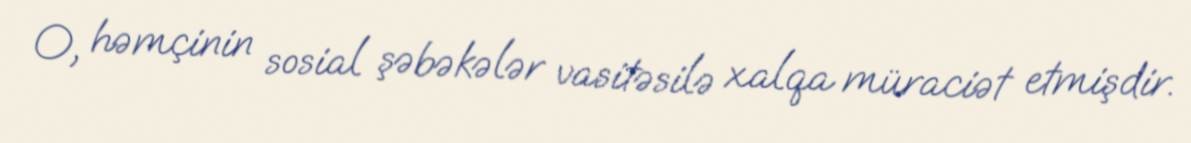
O, həmçinin sosial şəbəkələr vasitəsilə xalqa müraciət etmişdir.